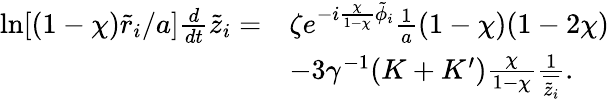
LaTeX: \begin{array}{rl}{\ln[(1-\chi)\tilde{r}_{i}/a]\frac{d}{dt}\tilde{z}_{i}=}&{\zeta e^{-i\frac{\chi}{1-\chi}\tilde{\phi}_{i}}\frac{1}{a}(1-\chi)(1-2\chi)}\\ &{-3\gamma^{-1}(K+K^{\prime})\frac{\chi}{1-\chi}\frac{1}{\overline{{\tilde{z}_{i}}}}.}\end{array}